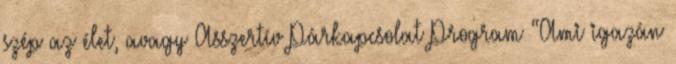
szép az élet, avagy Asszertív Párkapcsolat Program “Ami igazán